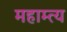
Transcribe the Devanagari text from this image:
महाम्त्य